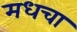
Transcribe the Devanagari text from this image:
मधचा